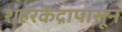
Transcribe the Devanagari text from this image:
शहरकेंद्रापासून